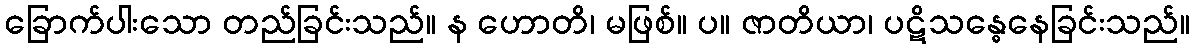
ခြောက်ပါးသော တည်ခြင်းသည်။ န ဟောတိ၊ မဖြစ်။ ပ။ ဇာတိယာ၊ ပဋိသန္ဓေနေခြင်းသည်။